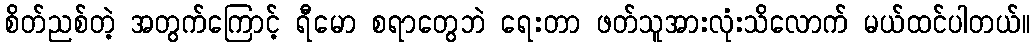
စိတ်ညစ်တဲ့ အတွက်ကြောင့် ရီမော စရာတွေဘဲ ရေးတာ ဖတ်သူအားလုံးသိလောက် မယ်ထင်ပါတယ်။